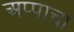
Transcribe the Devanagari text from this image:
अप्पाचा